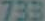
733